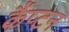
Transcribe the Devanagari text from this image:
कैंप्टन